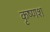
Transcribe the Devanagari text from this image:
कृष्णश